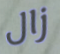
زال